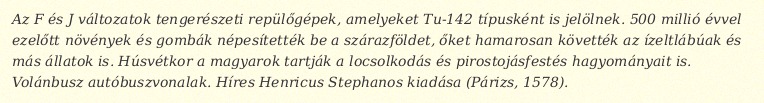
Az F és J változatok tengerészeti repülőgépek, amelyeket Tu-142 típusként is jelölnek. 500 millió évvel ezelőtt növények és gombák népesítették be a szárazföldet, őket hamarosan követték az ízeltlábúak és más állatok is. Húsvétkor a magyarok tartják a locsolkodás és pirostojásfestés hagyományait is. Volánbusz autóbuszvonalak. Híres Henricus Stephanos kiadása (Párizs, 1578).